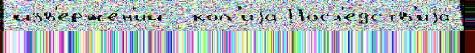
изв'ерже́н'ий  ко́п'иjа Посл'е́дств'иjа